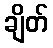
ချိတ်